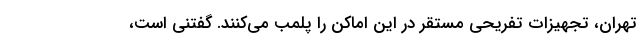
تهران، تجهیزات تفریحی مستقر در این اماکن را پلمب می‌کنند. گفتنی است،